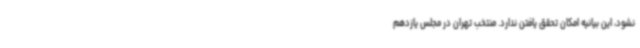
نشود، این بیانیه امکان تحقق یافتن ندارد. منتخب تهران در مجلس یازدهم